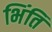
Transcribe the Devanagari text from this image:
भिंति